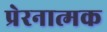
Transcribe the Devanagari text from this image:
प्रेरनात्मक